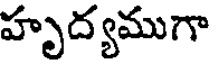
హృద్యముగా